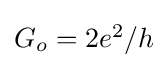
\textstyle G_{o}=2e^{2}/h